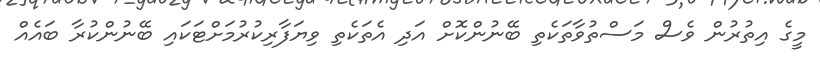
މީގެ އިތުރުން ވެސް މަސްތުވާތަކެތި ބޭނުންކޮށް އަދި އެތަކެތި ވިޔަފާރިކުރުމަށްޓަކައި ބޭނުންކުރާ ބައެއް